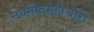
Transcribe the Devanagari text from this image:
नवनीतमहाचोरो